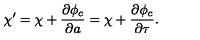
\chi ^ { \prime } = \chi + \frac { \partial \phi _ { c } } { \partial a } = \chi + \frac { \partial \phi _ { c } } { \partial \tau } .